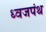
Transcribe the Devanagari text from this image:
ध्वजपंथ